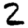
Digit: 2